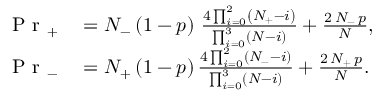
\begin{array} { r l } { \mathrm { ~ P ~ r ~ } _ { + } } & { { } = N _ { - } \left( 1 - p \right) \, \frac { 4 \prod _ { i = 0 } ^ { 2 } \left( N _ { + } - i \right) } { \prod _ { i = 0 } ^ { 3 } \left( N - i \right) } + \frac { 2 \, N _ { - } \, p } { N } , } \\ { \mathrm { ~ P ~ r ~ } _ { - } } & { { } = N _ { + } \left( 1 - p \right) \frac { 4 \prod _ { i = 0 } ^ { 2 } \left( N _ { - } - i \right) } { \prod _ { i = 0 } ^ { 3 } \left( N - i \right) } + \frac { 2 \, N _ { + } \, p } { N } . } \end{array}